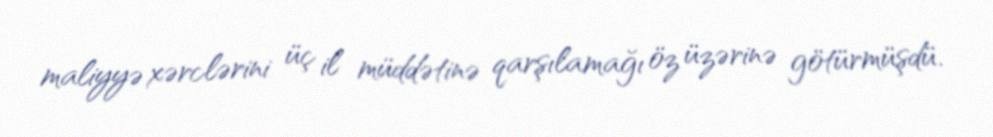
maliyyə xərclərini üç il müddətinə qarşılamağı öz üzərinə götürmüşdü.